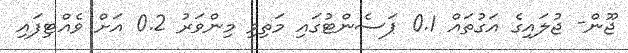
ޖޫން- ޖުލައިގެ އަގުތައް 0.1 ޕަސެންޓުގައި މަތިވި މިންވަރު 0.2 އަށް ވެއްޓިފައި